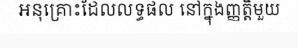
អនុគ្រោះដែលលទ្ធផល នៅក្នុងញ្ញត្តិមួយ